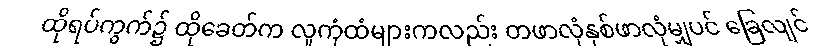
ထိုရပ်ကွက်၌ ထိုခေတ်က လူကုံထံများကလည်း တဖာလုံနှစ်ဖာလုံမျှပင် ခြေလျင်